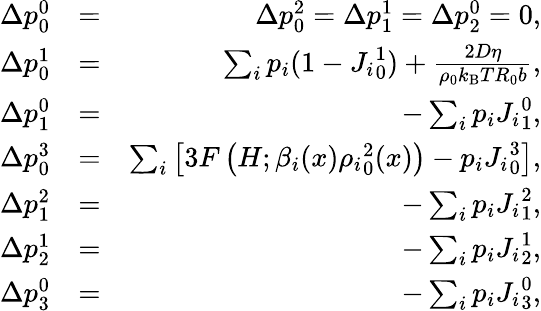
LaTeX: \begin{array}{rlr}{\Delta p_{0}^{0}}&{=}&{\Delta p_{0}^{2}=\Delta p_{1}^{1}=\Delta p_{2}^{0}=0,}\\ {\Delta p_{0}^{1}}&{=}&{\sum_{i}p_{i}(1-{J_{i}}_{0}^{1})+\frac{2D\eta}{\rho_{0}k_{\mathrm{B}}TR_{0}b},}\\ {\Delta p_{1}^{0}}&{=}&{-\sum_{i}p_{i}{J_{i}}_{1}^{0},}\\ {\Delta p_{0}^{3}}&{=}&{\sum_{i}\left[3F\left(H;\beta_{i}(x){\rho_{i}}_{0}^{2}(x)\right)-p_{i}{J_{i}}_{0}^{3}\right],}\\ {\Delta p_{1}^{2}}&{=}&{-\sum_{i}p_{i}{J_{i}}_{1}^{2},}\\ {\Delta p_{2}^{1}}&{=}&{-\sum_{i}p_{i}{J_{i}}_{2}^{1},}\\ {\Delta p_{3}^{0}}&{=}&{-\sum_{i}p_{i}{J_{i}}_{3}^{0},}\end{array}